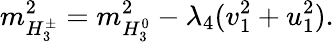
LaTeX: m_{H_{3}^{\pm}}^{2}=m_{H_{3}^{0}}^{2}-\lambda_{4}(v_{1}^{2}+u_{1}^{2}).